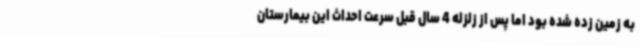
به زمین زده شده بود اما پس از زلزله 4 سال قبل سرعت احداث این بیمارستان